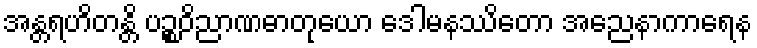
အန္တရဟိတန္တိ ပဉ္စဝိညာဏဓာတုယော ဒေါမနဿိတော အညေနာကာရေန